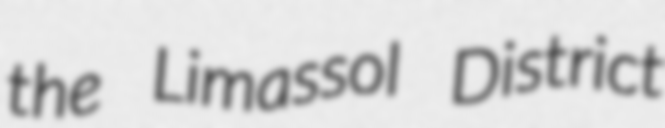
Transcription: the Limassol District